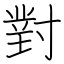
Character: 對